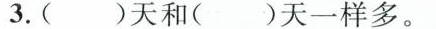
3.( )天和( )天一样多。